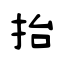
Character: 抬